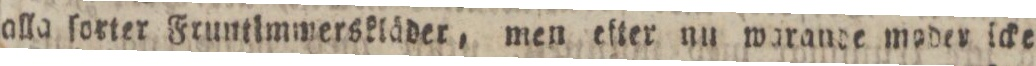
alla ſorter Fruntimmersklåder, men etter nu warande moder icke